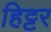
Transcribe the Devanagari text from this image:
हिट्टर